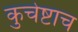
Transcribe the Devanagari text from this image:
कुचेष्टाच